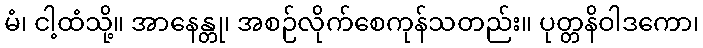
မံ၊ ငါ့ထံသို့။ အာနေန္တု၊ အစဉ်လိုက်စေကုန်သတည်း။ ပုတ္တနိဝါဒကော၊